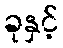
ခုနှင့်